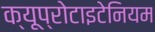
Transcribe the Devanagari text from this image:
क्यूप्रोटाइटेनियम